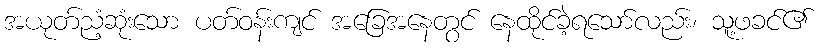
အယုတ်ညံ့ဆုံးသော ပတ်ဝန်းကျင် အခြေအနေတွင် နေထိုင်ခဲ့ရသော်လည်း၊ သူ့ဖခင်၏